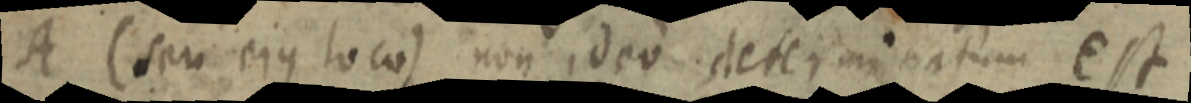
A (seu ejus loco) non ideo determinatum est